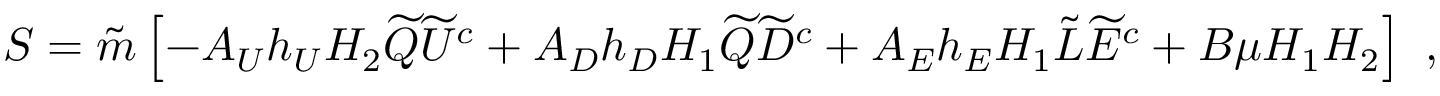
S = \tilde { m } \left[ - A _ { U } h _ { U } H _ { 2 } \widetilde { Q } \widetilde { U } ^ { c } + A _ { D } h _ { D } H _ { 1 } \widetilde { Q } \widetilde { D } ^ { c } + A _ { E } h _ { E } H _ { 1 } \tilde { L } \widetilde { E } ^ { c } + B \mu H _ { 1 } H _ { 2 } \right] \ ,